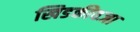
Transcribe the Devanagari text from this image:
खिडकीवजा